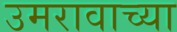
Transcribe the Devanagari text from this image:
उमरावाच्या